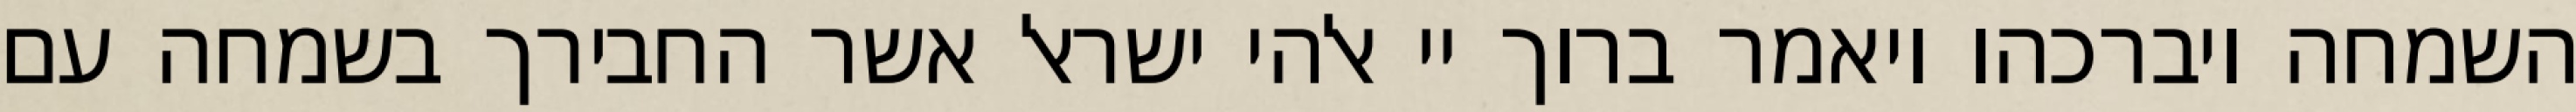
השמחה ויברכהו ויאמר ברוך יי אלהי ישראל אשר החבירך בשמחה עם